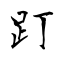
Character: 䟓